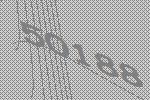
50188